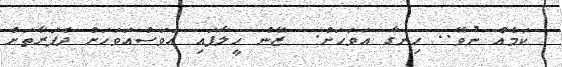
ކަމެއް ނުވޭ.. ހިނގާ އަވަހަށް.  ޒޭން ހީލާފައި އަވަސްއަވަހަށް ދެފަރާތަށް